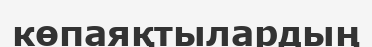
көпаяқтылардың